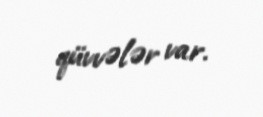
qüvvələr var.